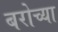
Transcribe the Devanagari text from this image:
बरोच्या